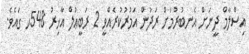
އިސްލާމް ދީނަށް އެނބުރުމަށް ރަދުން އަމުރުކުރެއްވީ 2 ރަބީޢުލް އާޚިރު 548ހ ގައެވެ.